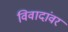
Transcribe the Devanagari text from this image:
विवादांवर